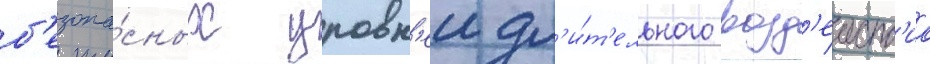
б'езопа́сных уровн'еи дл'и́т'ельного возд'еиств'иа